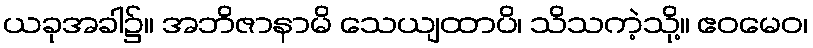
ယခုအခါ၌။ အဘိဇာနာမိ သေယျထာပိ၊ သိသကဲ့သို့။ ဧဝမေဝ၊